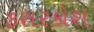
કરારકોશ